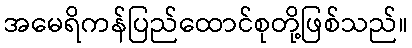
အမေရိကန်ပြည်ထောင်စုတို့ဖြစ်သည်။